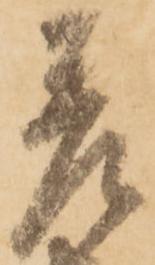
差